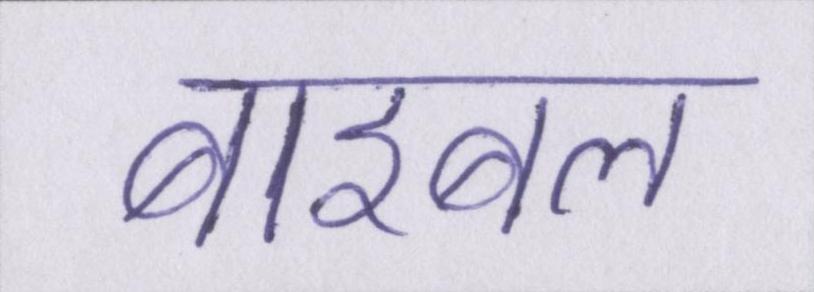
बाइबल